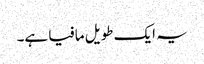
یہ ایک طویل مافیا ہے۔